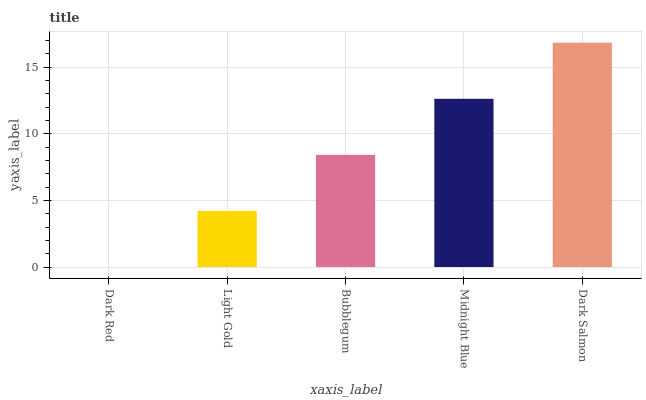
| xaxis_label | bars |
 | --- | --- |
 | Dark Red | 0 |
 | Light Gold | 4.21 |
 | Bubblegum | 8.42 |
 | Midnight Blue | 12.6 |
 | Dark Salmon | 16.8 |